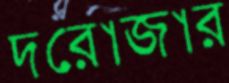
দরোজার